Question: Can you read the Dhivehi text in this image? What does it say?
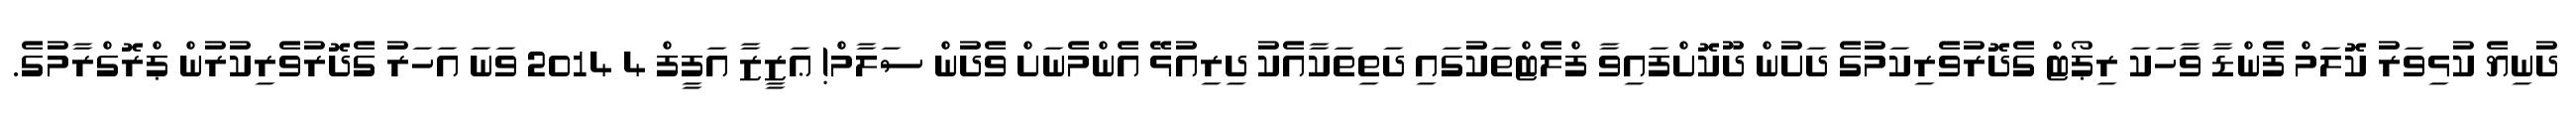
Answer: ދުނިޔެ ކުޅިވަރު ކޮލަމް ފެންޑާ ވާހަކަ ރިޕޯޓް ގެދޮރުވެރިކަމުގެ ދަށުން ދޫކޮށްފައިވާ ފްލެޓްތަކުގައި ދަތިތަކާއެކު ދިރިއުޅޭ އެންމެނަށް ވެދުން ސަލާމް! ޢަޒީޒާ އަފީފް 4 2014 ވަނަ އަހަރު ގެދޮރުވެރިކުރުން ޕްރޮގްރާމުގެ.